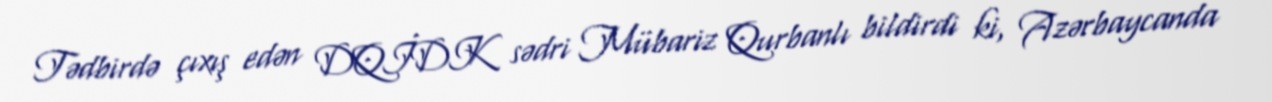
Tədbirdə çıxış edən DQİDK sədri Mübariz Qurbanlı bildirdi ki, Azərbaycanda